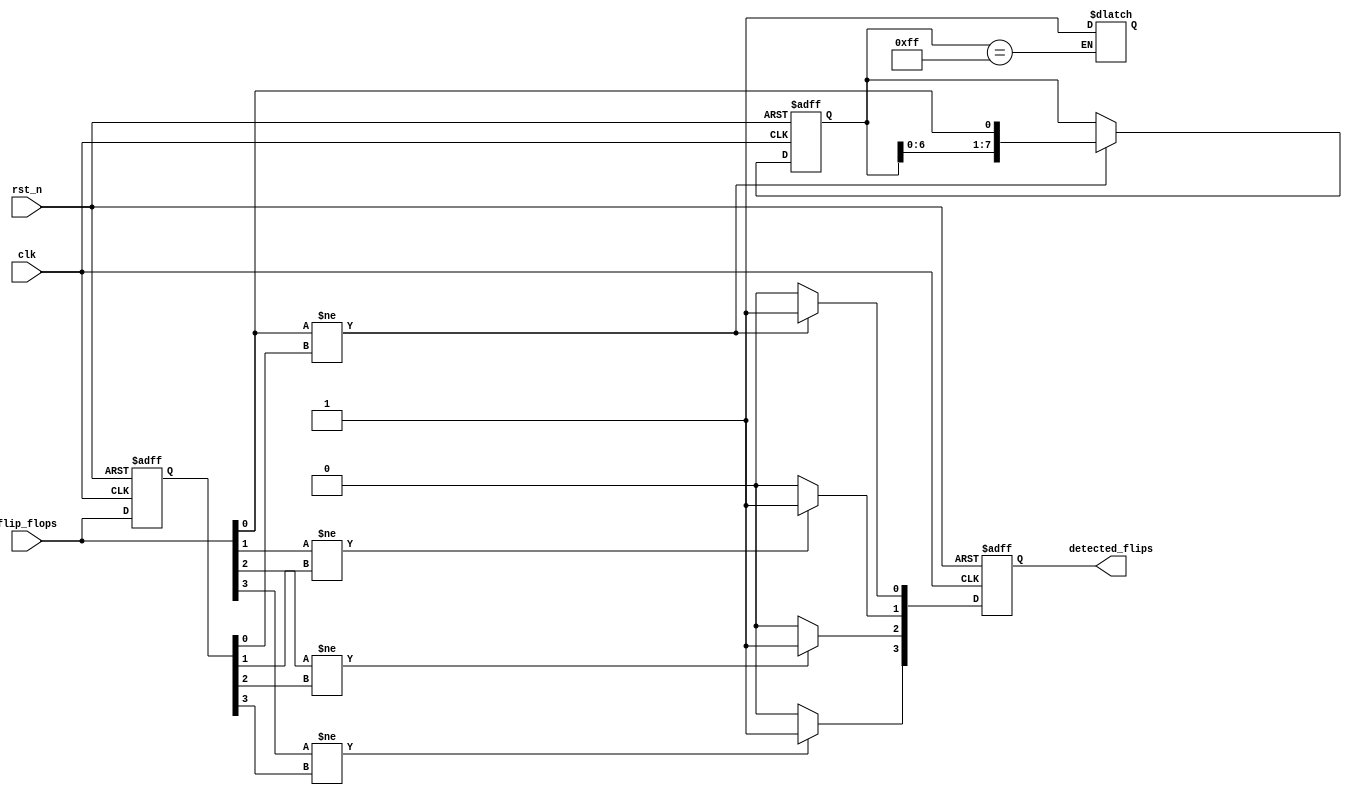
module FlipFlopDetector #(
    parameter NUM_FLIP_FLOPS = 4,   // Number of flip-flops to monitor
    parameter MEMORY_SIZE = 8        // Size of each memory block
)(
    input wire clk,                  // Clock signal
    input wire rst_n,                // Active low reset signal
    input wire [NUM_FLIP_FLOPS-1:0] flip_flops, // Current states of the flip-flops
    output reg [NUM_FLIP_FLOPS-1:0] detected_flips // Detected flip-flop configurations
);

    reg [MEMORY_SIZE-1:0] memory [0:NUM_FLIP_FLOPS-1]; // Memory blocks for each flip-flop
    reg [NUM_FLIP_FLOPS-1:0] previous_states; // Previous states of the flip-flops
    integer i;

    // Control Logic: Capture flip-flop states on rising edge of the clock
    always @(posedge clk or negedge rst_n) begin
        if (!rst_n) begin
            // Reset memory blocks and previous states
            for (i = 0; i < NUM_FLIP_FLOPS; i = i + 1) begin
                memory[i] <= 0;
            end
            previous_states <= 0;
            detected_flips <= 0;
        end else begin
            // Store current states in memory if a change is detected
            for (i = 0; i < NUM_FLIP_FLOPS; i = i + 1) begin
                if (flip_flops[i] != previous_states[i]) begin
                    // Shift the memory block contents
                    memory[i] <= {memory[i][MEMORY_SIZE-2:0], flip_flops[i]};
                    detected_flips[i] <= 1; // Indicate a change has been detected
                end else begin
                    detected_flips[i] <= 0; // No change detected
                end
            end
            // Update previous states
            previous_states <= flip_flops;
        end
    end

    // Detection Logic: Analyze stored states for specific configurations
    // This section can be expanded for more complex detection patterns
    always @(*) begin
        // Example detection logic for a specific pattern
        // Here we just show a simple case for illustration
        if (memory[0] == 8'b11111111) begin
            detected_flips[0] <= 1; // Detect if the first flip-flop has been set
        end
        // Additional detection logic can be added here
    end

endmodule